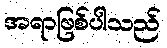
အရာဖြစ်ပါသည်